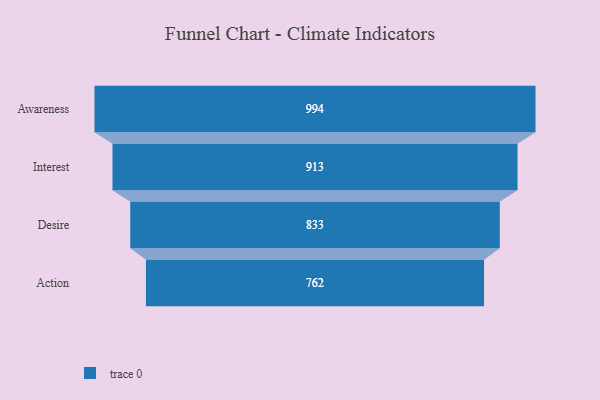
{"axis": {"x": "Stage", "y": "Value"}, "legend": [""], "data": [{"x": "Awareness", "y": 994.0, "type": ""}, {"x": "Interest", "y": 913.0, "type": ""}, {"x": "Desire", "y": 833.0, "type": ""}, {"x": "Action", "y": 762.0, "type": ""}]}